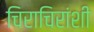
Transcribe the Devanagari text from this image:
चिराचिरांशी